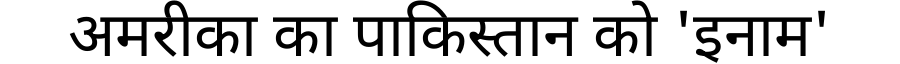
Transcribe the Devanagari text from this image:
अमरीका का पाकिस्तान को 'इनाम'